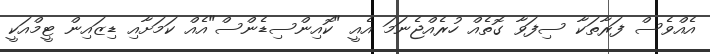
އެއްވެސް ފަރާތަކާ ސިފަވާ ގޮތެއް ހުރެއްޖެނަމަ އެއީ "ކޮއިންސިޑެންސް"އެއް ކަމަށާއި ޑިޒައިން ޓީމްއަކީ